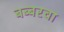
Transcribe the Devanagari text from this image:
बब्बरचा